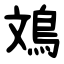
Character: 鳼